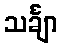
သင်္ချာ